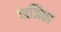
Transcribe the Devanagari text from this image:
पाजिता